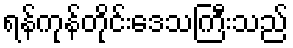
ရန်ကုန်တိုင်းဒေသကြီးသည်